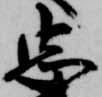
忠